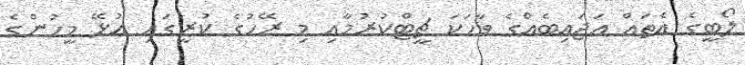
ލޯބީގެ އެތައް އަޖައިބެއްގެ ވާހަކަ ޗީޓްކުރުމާއި މި ރޭހުގެ ކުރީގައި އުޅޭ މީހުންގެ